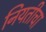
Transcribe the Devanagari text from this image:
नियतीचा